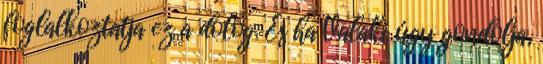
foglalkoztatja ez a dolog. És ha Valaki úgy gondolja,